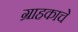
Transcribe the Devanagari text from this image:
ग्राहकाचे